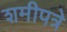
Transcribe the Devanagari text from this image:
शमीपत्रे